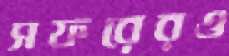
সফরেরও